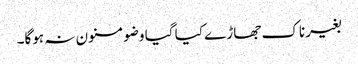
بغیر ناک جھاڑے کیا گیا وضو مسنون نہ ہوگا۔